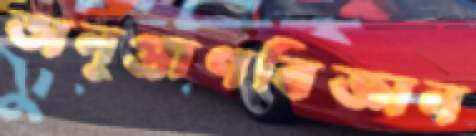
অনুপ্রাণবিজ্ঞান